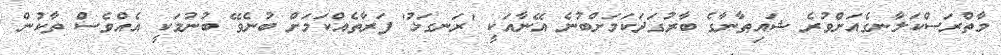
މާތްރަސްކަލާނގެއަށްވުރެ ޝައިޠާނާގެ ބާރުގަދަކަމަށްބުނެ އޭނާއަކީ 'ރަނގަޅު' ފަރާތެއްކަމަށް ބުނެވޭ ބުނުމަކީ އެއްވެސް ތާކުން